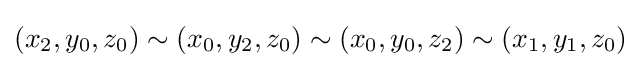
(x_{2},y_{0},z_{0})\sim (x_{0},y_{2},z_{0})\sim (x_{0},y_{0},z_{2})\sim (x_{1},y_{1},z_{0})